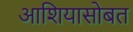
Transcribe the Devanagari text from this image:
आशियासोबत